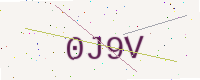
Text: 0J9V